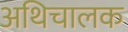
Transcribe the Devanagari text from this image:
अथिचालक